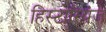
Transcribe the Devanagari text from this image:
हिस्टोरियंज